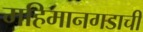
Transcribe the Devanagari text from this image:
महिमानगडाची